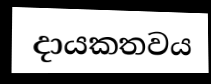
දායකතවය